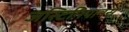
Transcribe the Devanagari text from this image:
जस्टिनियानस